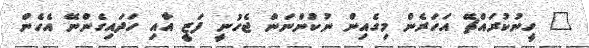
" ހީނުކުރައްޗޭ އަހަރެން މިގެއިން ނުކުންނަން ޖެހުނީ ފަޒީ އާއި ހަދައިގެންނޭ އެހެން